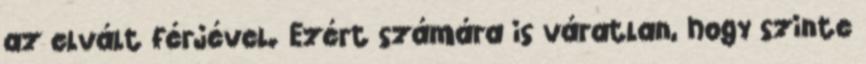
az elvált férjével. Ezért számára is váratlan, hogy szinte